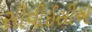
સીવીઈસીએ